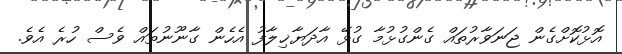
އޮޅުކޮށްގެން ޖަނަވާރުތައް ގެންގުޅުމާ ގުޅޭ އާދަޔާޚިލާފު އެހެން ގާނޫނުތައް ވެސް ހުރެ އެވެ.